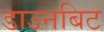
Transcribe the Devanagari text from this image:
डाउनबिट